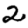
Digit: 2